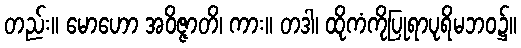
တည်း။ မောဟော အဝိဇ္ဇာတိ၊ ကား။ တဒါ၊ ထိုကံကိုပြုရာပုရိမဘဝ၌။